Medical and sanitary report of the native army of Madras for the year
Year: 1878
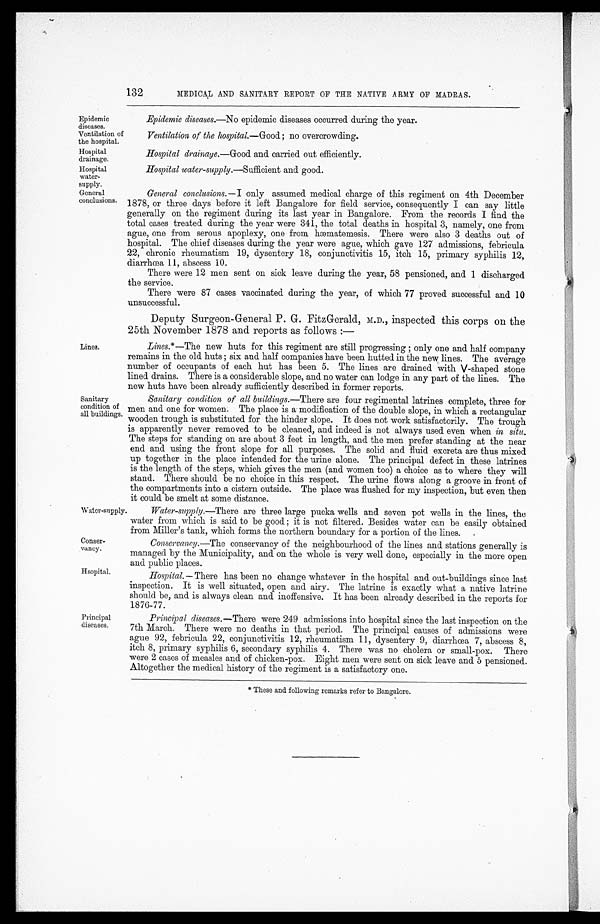
Water-supply.
Conser-
vancy.
132
MEDICAL AND SANITARY REPORT OF THE NATIVE ARMY OF MADRAS.
Epidemic
diseases.
Ventilation of
the hospital.
Hospital
drainage.
Hospital
water-
supply.
General
conclusions.
Lines.
Sanitary
condition of
all buildings.
Epidemic diseases.—No epidemic diseases occurred during the year.
Ventilation of the hospital.— Good; no overcrowding.
Hospital drainage.— Good and carried out efficiently.
Hospital water-supply .—Sufficient and good.
General conclusions.—I
only assumed medical charge of this regiment on 4th December
1878, or three days before it left Bangalore for field service, consequently I can say little
generally on the regiment during its last year in Bangalore. From the records I find the
total cases treated during the year were 341, the total deaths in hospital 3, namely, one from
ague, one from serous apoplexy, one from hæmatemesis. There were also 3 deaths out of
hospital. The chief diseases during the year were ague, which gave 127 admissions, febricula
22, chronic rheumatism 19, dysentery 18, conjunctivitis 15, itch 15, primary syphilis 12,
diarrhœa 11, abscess 10.
There were 12 men sent on sick leave during the year, 58 pensioned, and 1 discharged
the service.
There were 87 cases vaccinated during the year, of which 77 proved successful and 10
unsuccessful.
Deputy Surgeon-General P. G. FitzGerald, M.D., inspected this corps on the
25th November 1878 and reports as follows :—
Lines.*— The new huts for this regiment are still progressing ; only one and half company
remains in the old huts ; six and half companies have been hutted in the new lines. The average
number of occupants of each hut has been 5. The lines are drained with V-shaped stone
lined drains. There is a considerable slope, and no water can lodge in any part of the lines. The
new huts have been already sufficiently described in former reports.
Sanitary condition. of all buildings.—There are four regimental latrines complete, three for
men and one for women. The place is a modification of the double slope, in which a rectangular
wooden trough is substituted for the hinder slope. It does not work satisfactorily. The trough
is apparently never removed to be cleaned, and indeed is not always used even when in situ.
The steps for standing on are about 3 feet in length, and the men prefer standing at the near
end and using the front slope for all purposes. The solid and fluid excreta are thus mixed
up together in the place intended for the urine alone. The principal defect in these latrines
is the length of the steps, which gives the men (and women too) a choice as to where they will
stand. There should be no choice in this respect. The urine flows along a groove in front of
the compartments into a cistern outside. The place was flushed for my inspection, but even then
it could be smelt at some distance.
Water-supply.—There are three large pucka wells and seven pot wells in the lines, the
water from which is said to be good ; it is not filtered. Besides water can be easily obtained
from Miller's tank, which forms the northern boundary for a portion of the lines.
Conservancy.— The conservancy of the neighbourhood of the lines and stations generally is
managed by the Municipality, and on the whole is very well done, especially in the more open
and public places.
Hsopital.
Principal
diseases.
Hospital. — There has been no change whatever in the hospital and out-buildings since last
inspection. It is well situated, open and airy. The latrine is exactly what a native latrine
should be, and is always clean and inoffensive. It has been already described in the reports for
1876-77.
Principal diseases.— There were 249 admissions into hospital since the last inspection on the
7th March. There were no deaths in that period. The principal causes of admissions were
ague 92, febricula 22, conjunctivitis 12, rheumatism 11, dysentery 9, diarrhœa 7, abscess 8,
itch 8, primary syphilis 6, secondary syphilis 4. There was no cholera or small-pox. There
were 2 cases of measles and of chicken-pox. Eight men were sent on sick leave and 5 pensioned.
Altogether the medical history of the regiment is a satisfactory one.
* These and following remarks refer to Bangalore.